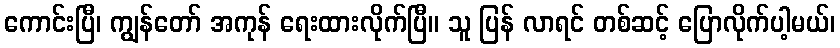
ကောင်းပြီ၊ ကျွန်တော် အကုန် ရေးထားလိုက်ပြီ။ သူ ပြန် လာရင် တစ်ဆင့် ပြောလိုက်ပါ့မယ်၊